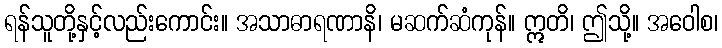
ရန်သူတို့နှင့်လည်းကောင်း။ အသာဓာရဏာနိ၊ မဆက်ဆံကုန်။ ဣတိ၊ ဤသို့။ အဝေါစ၊